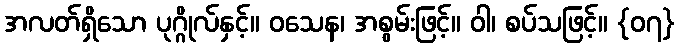
အလတ်ရှိသော ပုဂ္ဂိုလ်နှင့်။ ဝသေန၊ အစွမ်းဖြင့်။ ဝါ၊ စပ်သဖြင့်။ {၀၇}